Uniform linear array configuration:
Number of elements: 24
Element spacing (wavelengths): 0.5
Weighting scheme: cosine
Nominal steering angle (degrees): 15
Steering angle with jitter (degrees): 14.134
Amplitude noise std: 0.05
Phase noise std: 0.05

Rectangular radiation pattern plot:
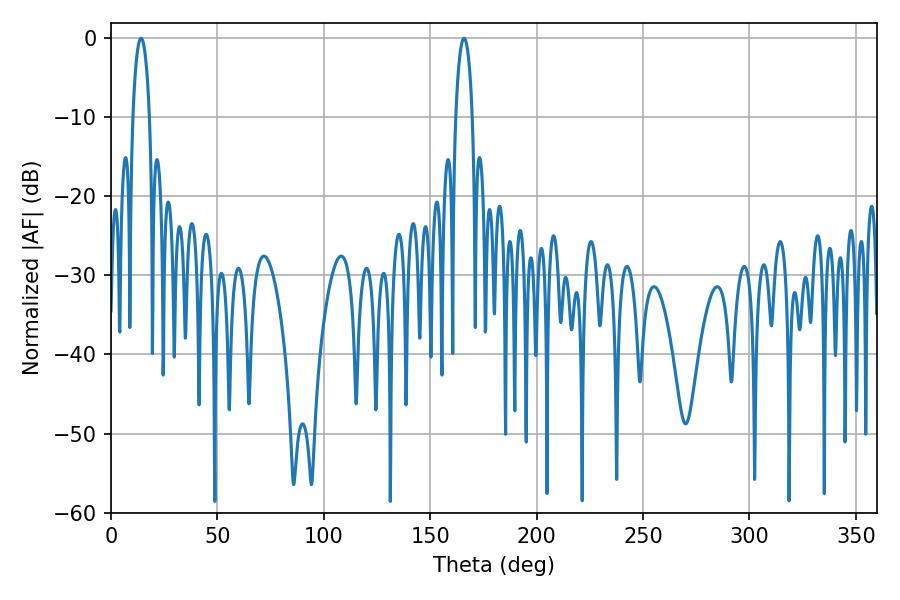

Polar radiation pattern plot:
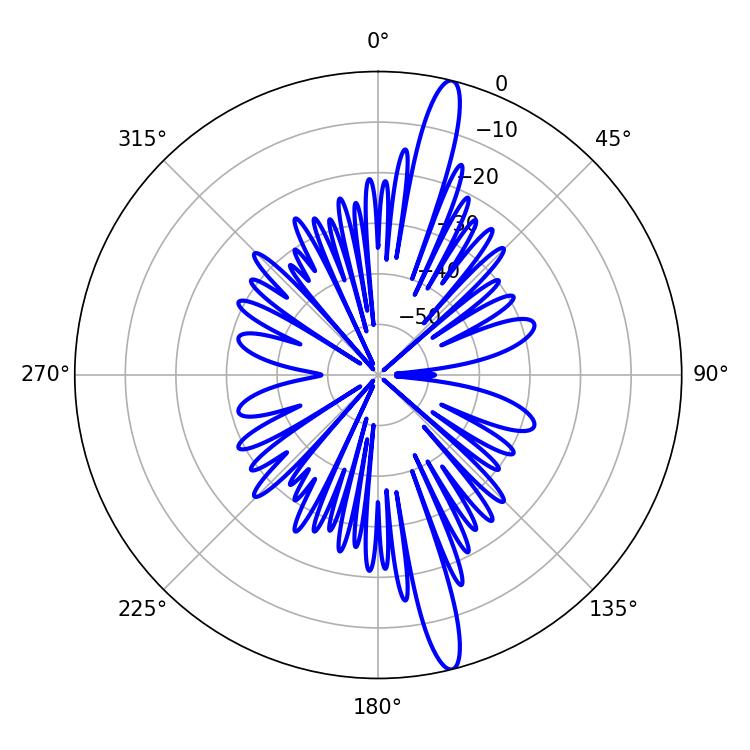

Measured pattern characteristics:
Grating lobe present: FALSE
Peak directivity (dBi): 16.785
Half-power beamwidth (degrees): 4.5
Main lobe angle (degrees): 14.04